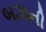
બઝની